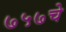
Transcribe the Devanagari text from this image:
७५७चे